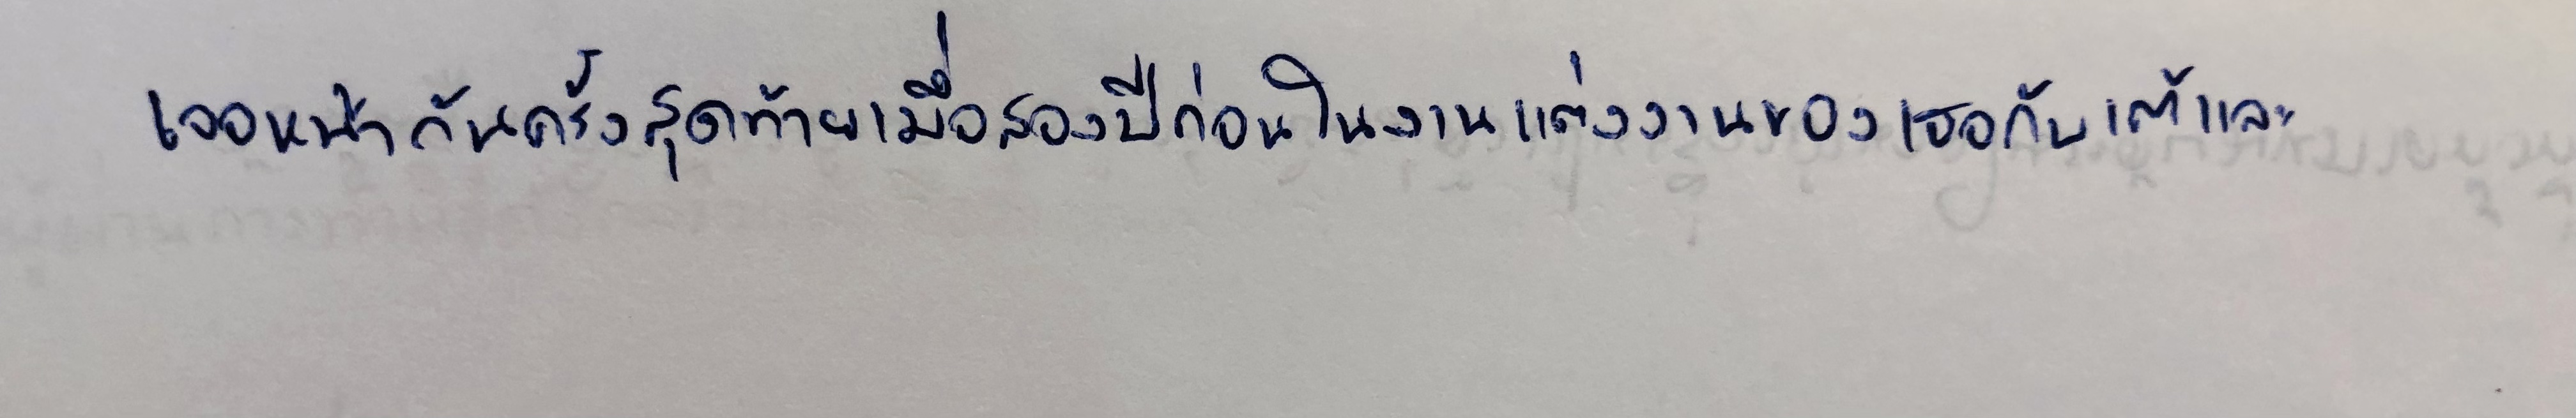
เจอหน้ากันครั้งสุดท้ายเมื่อสองปีก่อนในงานแต่งงานของเธอกับเต้และ